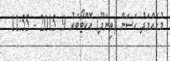
މުހައްމަދު ހަސަން (ތިނަދޫ) އޮކްޓޯބަރު 9